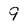
Character: 9